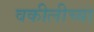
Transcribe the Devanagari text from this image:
वकीलीच्या